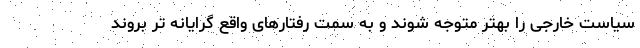
سیاست خارجی را بهتر متوجه شوند و به سمت رفتارهای واقع گرایانه تر بروند